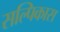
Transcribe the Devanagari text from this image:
सल्पिकास